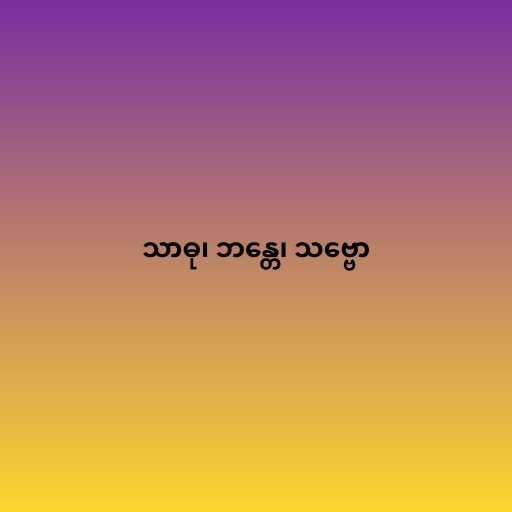
သာဓု၊ ဘန္တေ၊ သဗ္ဗော